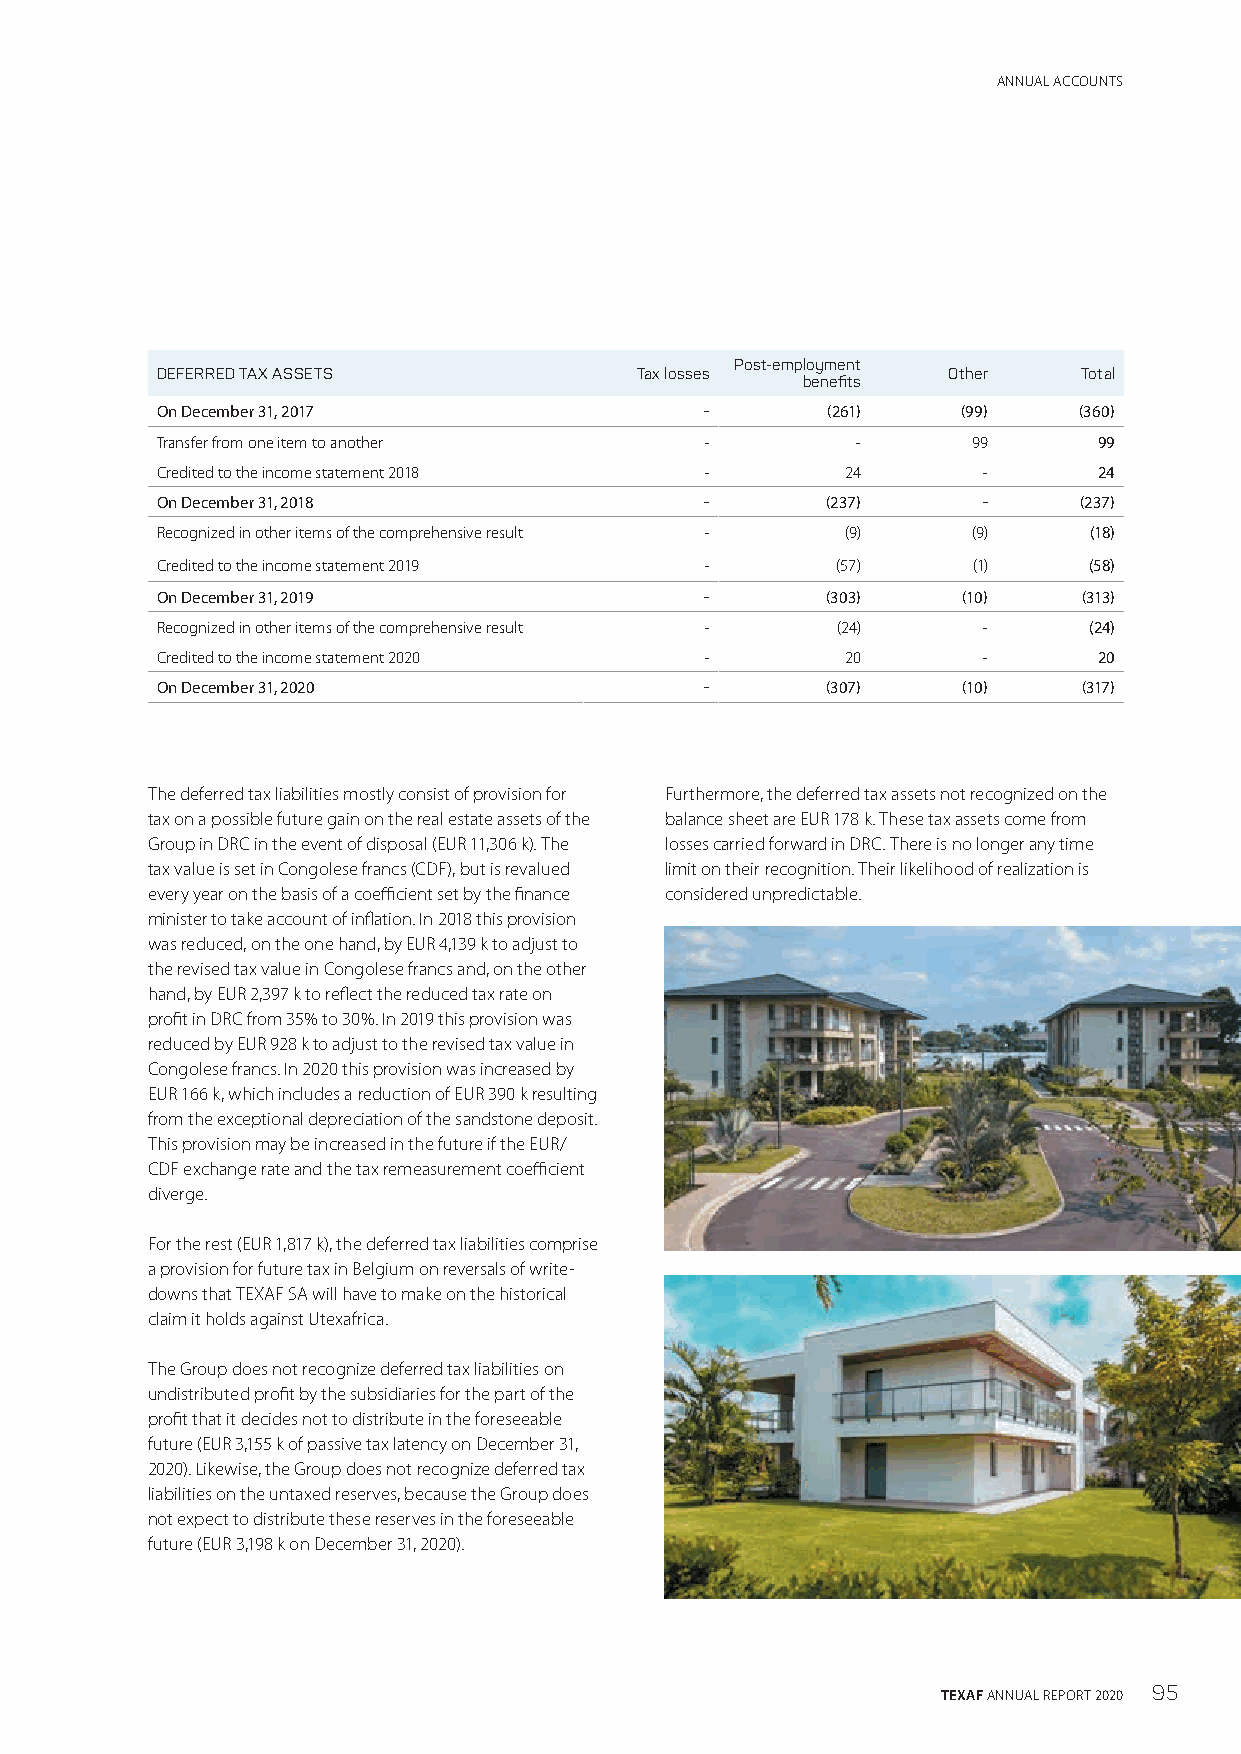
ANNUAL ACCOUNTS
 Post-employment
 DEFERRED TAX ASSETS             Tax losses           Other    Total
 benefits
 On December 31, 2017                 -       (261)    (99)   (360)
 Transfer from one item to another    -         -      99       99
 Credited to the income statement 2018 -       24       -       24
 On December 31, 2018                 -       (237)     -     (237)
 Recognized in other items of the comprehensive result - (9) (9) (18)
 Credited to the income statement 2019 -      (57)     (1)     (58)
 On December 31, 2019                 -       (303)    (10)    (313)
 Recognized in other items of the comprehensive result - (24) - (24)
 Credited to the income statement 2020 -       20       -       20
 On December 31, 2020                 -       (307)    (10)    (317)
 The deferred tax liabilities mostly consist of provision for Furthermore, the deferred tax assets not recognized on the
 tax on a possible future gain on the real estate assets of the balance sheet are EUR 178 k. These tax assets come from
 Group in DRC in the event of disposal (EUR 11,306 k). The losses carried forward in DRC. There is no longer any time
 tax value is set in Congolese francs (CDF), but is revalued limit on their recognition. Their likelihood of realization is
 every year on the basis of a coefficient set by the finance considered unpredictable.
 minister to take account of inflation. In 2018 this provision
 was reduced, on the one hand, by EUR 4,139 k to adjust to
 the revised tax value in Congolese francs and, on the other
 hand, by EUR 2,397 k to reflect the reduced tax rate on
 profit in DRC from 35% to 30%. In 2019 this provision was
 reduced by EUR 928 k to adjust to the revised tax value in
 Congolese francs. In 2020 this provision was increased by
 EUR 166 k, which includes a reduction of EUR 390 k resulting
 from the exceptional depreciation of the sandstone deposit.
 This provision may be increased in the future if the EUR/
 CDF exchange rate and the tax remeasurement coefficient
 diverge.
 For the rest (EUR 1,817 k), the deferred tax liabilities comprise
 a provision for future tax in Belgium on reversals of write-
 downs that TEXAF SA will have to make on the historical
 claim it holds against Utexafrica.
 The Group does not recognize deferred tax liabilities on
 undistributed profit by the subsidiaries for the part of the
 profit that it decides not to distribute in the foreseeable
 future (EUR 3,155 k of passive tax latency on December 31,
 2020). Likewise, the Group does not recognize deferred tax
 liabilities on the untaxed reserves, because the Group does
 not expect to distribute these reserves in the foreseeable
 future (EUR 3,198 k on December 31, 2020).
 TEXAF ANNUAL REPORT 2020 95